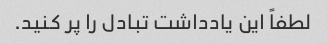
لطفاً این یادداشت تبادل را پر کنید.